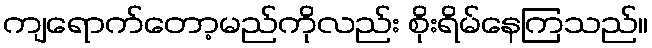
ကျရောက်တော့မည်ကိုလည်း စိုးရိမ်နေကြသည်။